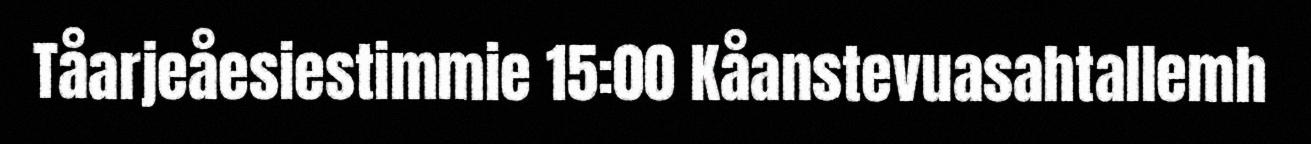
Tåarjeåesiestimmie 15:00 Kåanstevuasahtallemh